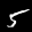
Label: 5